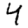
Digit: 4